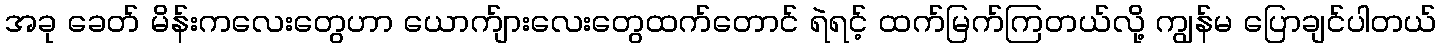
အခု ခေတ် မိန်းကလေးတွေဟာ ယောက်ျားလေးတွေထက်တောင် ရဲရင့် ထက်မြက်ကြတယ်လို့ ကျွန်မ ပြောချင်ပါတယ်